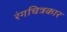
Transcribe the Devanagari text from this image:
रंगचित्रकार